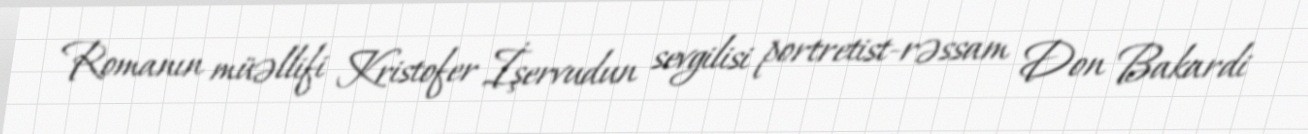
Romanın müəllifi Kristofer İşervudun sevgilisi portretist-rəssam Don Bakardi